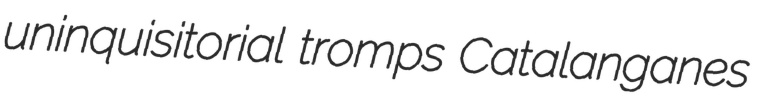
uninquisitorial tromps Catalanganes